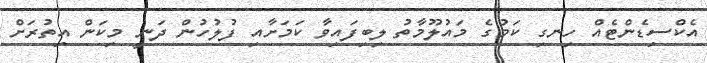
އެކްސިޑެންޓެއް ހިނގި ކަމުގެ މައުލޫމާތު ލިބިފައިވާ ކަމަށާއި ފުލުހުން ދަނީ މިކަން އިތުރަށް